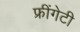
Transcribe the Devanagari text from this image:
फ्रींगेटी